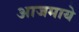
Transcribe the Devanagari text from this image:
आजमाये